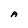
Character: A